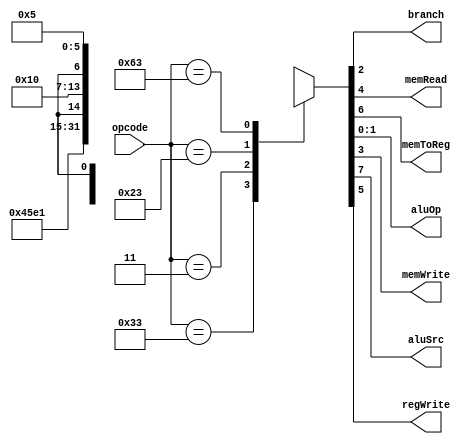
module control(opcode, branch, memRead, memToReg, aluOp, memWrite, aluSrc, regWrite);
    input[6:0] opcode;
    output branch, memRead, memToReg, memWrite, aluSrc ,regWrite;
    output [1:0] aluOp;

    reg [7:0] controls;
    assign {aluSrc, memToReg, regWrite, memRead, memWrite, branch, aluOp} = controls;

    always @(opcode)
        casex(opcode)
            7'b0110011: controls <= 8'b00100010;  // R-Type
            7'b0000011: controls <= 8'b11110000;  // ld
            7'b0100011: controls <= 8'b1x001000;  // sd
            7'b1100011: controls <= 8'b0x000101;  // beq
            default:    controls <= 8'bxxxxxxxx;  // illegal operation
        endcase
endmodule